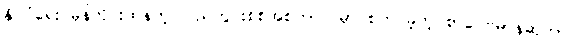
နိုင်ငံရေး မုန်တိုင်းထန်တဲ့ ပြည်တွင်းစစ်အစကာလမှာ စတင်ခဲ့တဲ့ စာပေဗိမာန်ဆုဟာ